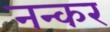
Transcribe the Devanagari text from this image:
नन्कर